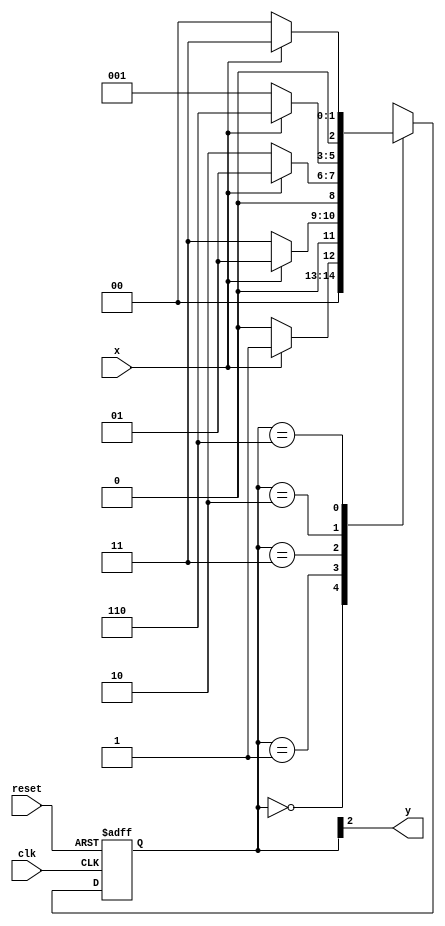
// ------------------------- 
// Exemplo0053 - Moore (1001) sem interseao
// Nome: Rayan Darwin 
// ------------------------- 

// -------------- 
// --- Moore FSM 
// --------------

// constant definition 
`define found 1 
`define notfound 0 

// FSM by Moore 
module moore1001 ( y, x, clk, reset ); 
	output y; 
	input x; 
	input clk; 
	input reset; 
	reg y; 
	parameter // state identifiers 
	start = 3'b000, 
	id1 = 3'b001, 
	id11 = 3'b011, 
	id110 = 3'b010, 
	id1001 = 3'b110; // signal found 
	reg [2:0] E1; // current state variables 
	reg [2:0] E2; // next state logic output 
	// next state logic 
	always @( x or E1 ) begin 
	case( E1 ) 
		start: 
			if ( x ) 
				E2 = id1; 
			else 
				E2 = start; 
		
		id1: 
			if ( x ) 
				E2 = id1; 
			else 
				E2 = id11; 
		
		id11: 
			if ( x ) 
				E2 = id1; 
			else 
				E2 = id110; 

		id110: 
			if ( x ) 
				E2 = id1001; 
			else 
				E2 = id1; 

		id1001: 
			if ( x ) 
				E2 = id11; 
			else 
				E2 = start; 
		
		default: // undefined statee 
			E2 = 3'bxxx; 
	endcase 

end // always at signal or state changing 

// state variables 
always @( posedge clk or negedge reset ) begin 
	if ( reset ) 
		E1 = E2; // updates current state 
	else 
		E1 = 0; // reset 

end // always at signal changing 

// output logic 
always @( E1 ) begin 
	y = E1[2]; // first bit of state value 

	end // always at state changing 

endmodule // moore1001 

module testMoore1001; 
	reg clk, reset, x; 
	wire m1; 
		
		moore1001 moore1 ( m1, x, clk, reset ); 

	initial begin 
		$display ("Exemplo0053 - Rayan Darwin - 412770");
		$display ( "Time 	X  Moore" ); 
		
		// initial values 
		clk = 1; 
		reset = 0; 
		x = 0; 
		
		// input signal changing 
		#5 reset = 1; 
		#10 x = 1; 
		#10 x = 0; 
		#10 x = 0; 
		#10 x = 1; 
		#10 x = 0; 
		#10 x = 0; 
		#10 x = 1; 
		#30 $finish; 
		
	end // initial 
		
	always 
		#5 clk = ~clk; 
		
	always @( posedge clk ) begin 
		$display ( "%4d %4b %4b", $time, x, m1 ); 
	
	end // always at positive edge clocking changing 

endmodule // testMoore1001